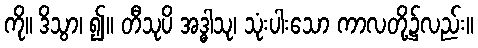
ကို။ ဒိသွာ၊ ၍။ တီသုပိ အဒ္ဓါသု၊ သုံးပါးသော ကာလတို့၌လည်း။